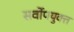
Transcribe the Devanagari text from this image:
सर्वोपयुक्त